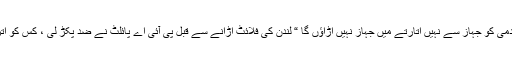
” جب تک اس آدمی کو جہاز سے نہیں اتارتے میں جہاز نہیں اڑاﺅں گا “ لندن کی فلائٹ اڑانے سے قبل پی آئی اے پائلٹ نے ضد پکڑ لی ، کس کو اتروانا چاہتا تھا ؟